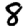
Digit: 8